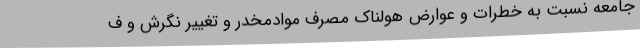
جامعه نسبت به خطرات و عوارض هولناک مصرف موادمخدر و تغییر نگرش و ف